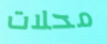
محلات